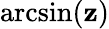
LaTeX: \arcsin(\mathbf{z})